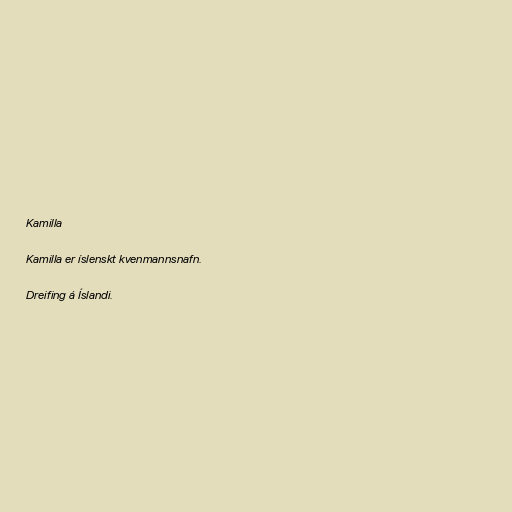
Kamilla

Kamilla er íslenskt kvenmannsnafn.

Dreifing á Íslandi.